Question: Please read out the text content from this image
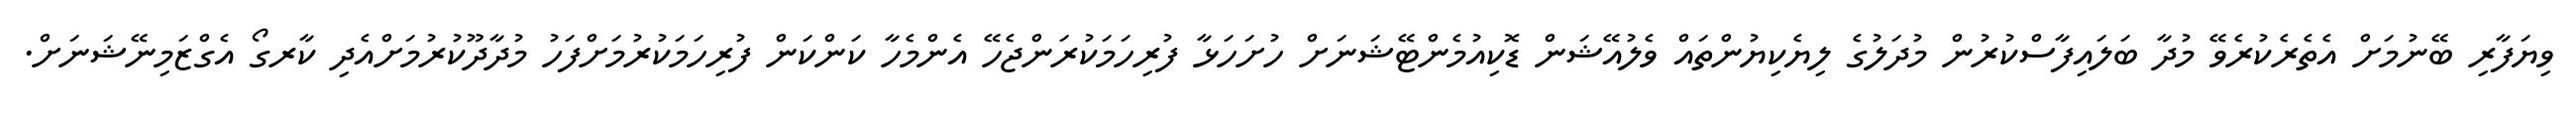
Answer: ވިޔަފާރި ބޭނުމަށް އެތެރެކުރެވޭ މުދާ ބަލައިފާސްކުރުން މުދަލުގެ ލިޔެކިޔުންތައް ވެލުއޭޝަން ޑޮކިއުމެންޓޭޝަނަށް ހުށަހަޅާ ފުރިހަމަކުރަންޖެހޭ އެންމެހާ ކަންކަން ފުރިހަމަކުރުމަށްފަހު މުދާދޫކުރުމަށްއެދި ކާރގޯ އެގްޒަމިނޭޝަނަށް.